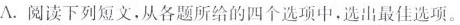
A. 阅读下列短文,从各题所给的四个选项中,选出最佳选项。